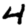
Digit: 4